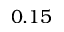
0 . 1 5